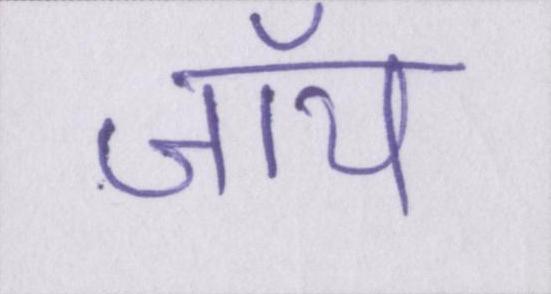
जॉय